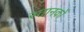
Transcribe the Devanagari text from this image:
स्तानकों